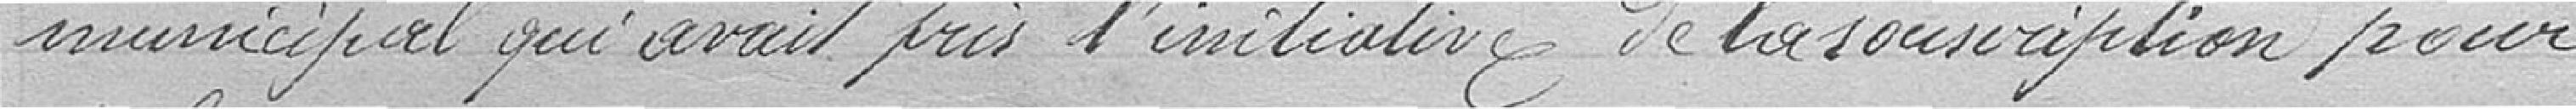
municipal qu'avait pris l'initiative de la souscription pour